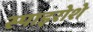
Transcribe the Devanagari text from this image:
स्पाइरोशे